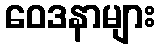
ဝေဒနာများ